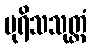
ပုရိသသုတ္တံ